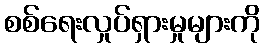
စစ်ရေးလှုပ်ရှားမှုများကို